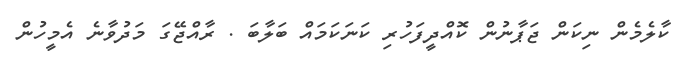
ކާލެމެން ނިކަން ޖަޕާނުން ކޮއްދީފަހުރި ކަނަކަމައް ބަލާބަ . ރާއްޖޭގަ މަދުވާނެ އެމީހުން